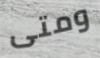
ومتى